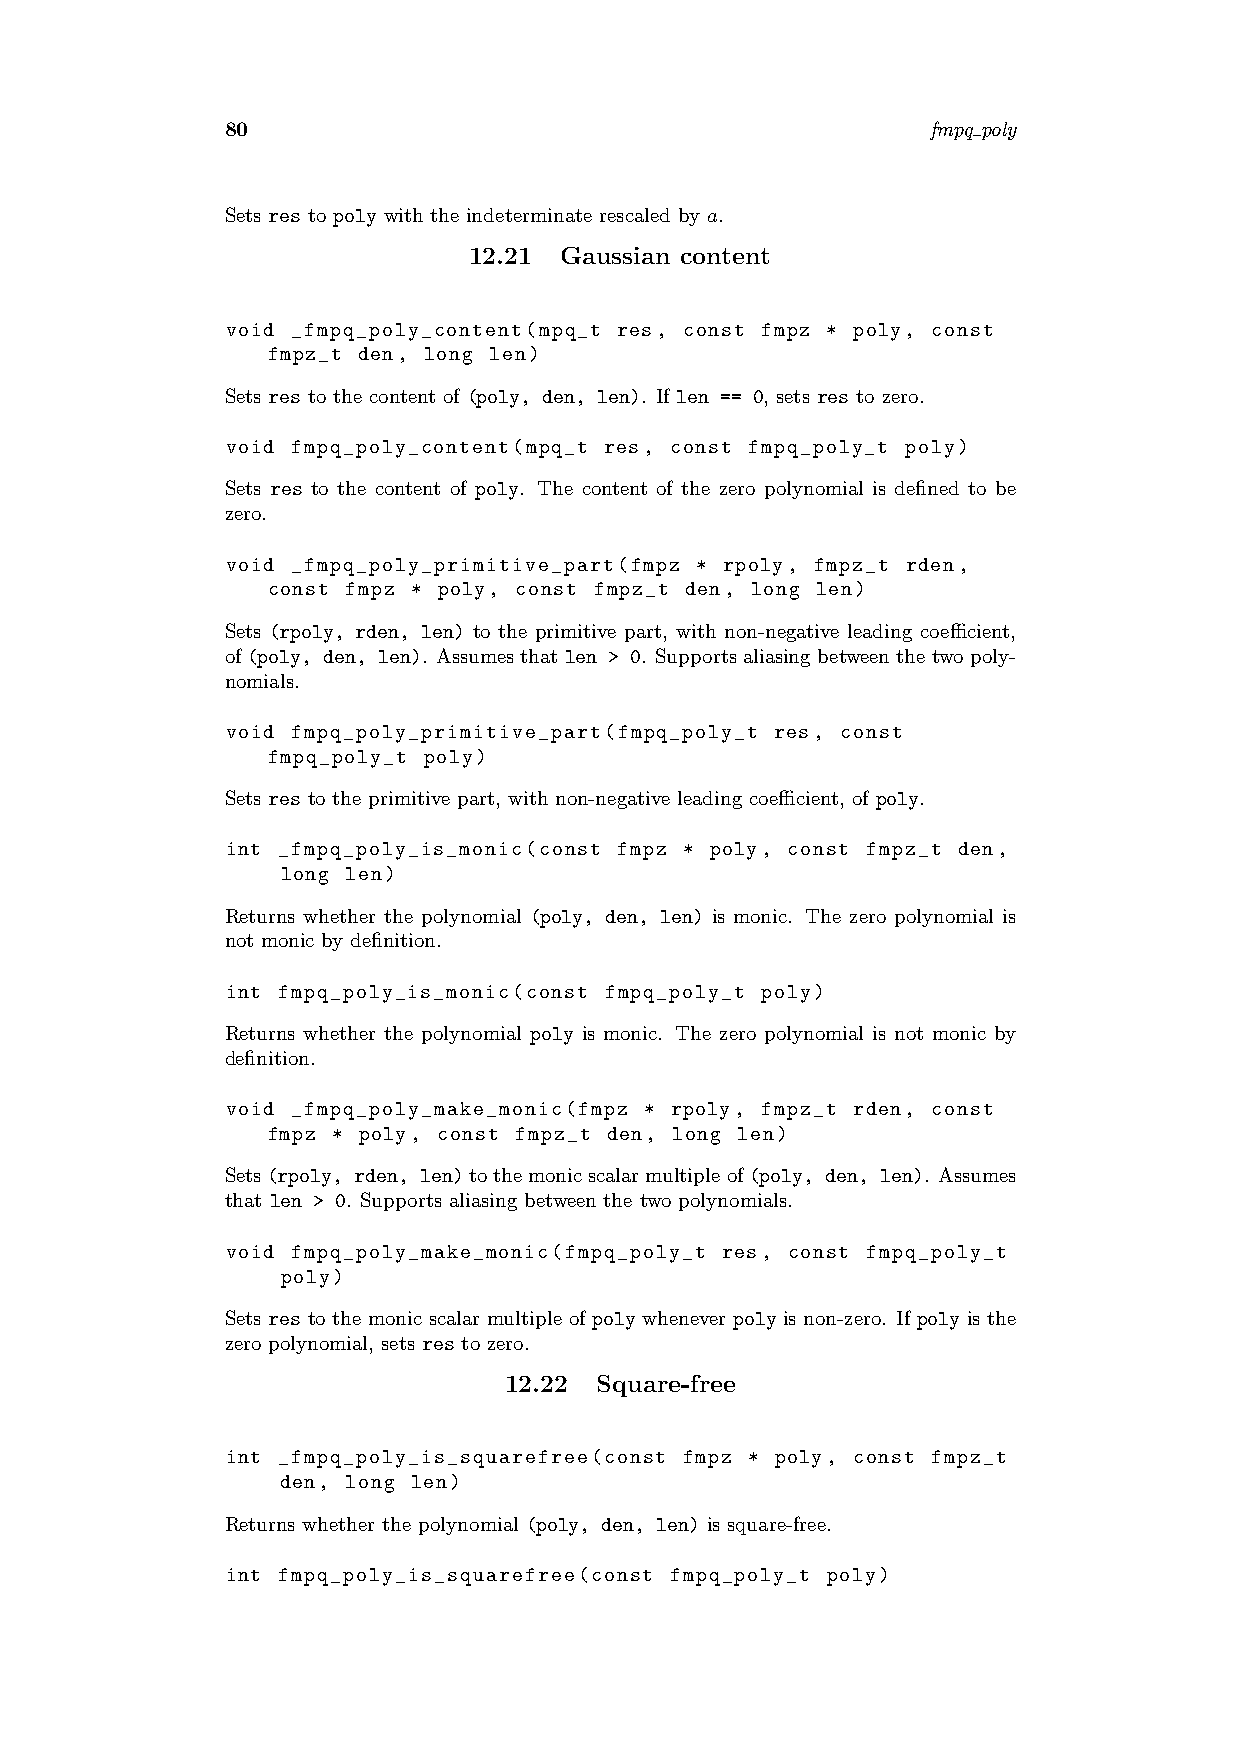
80                                             fmpq poly
 Sets res to poly with the indeterminate rescaled by a.
 12.21 Gaussian content
 void _fmpq_poly_content(mpq_t res, const fmpz * poly, const
 fmpz_t den, long len)
 Sets res to the content of (poly, den, len). If len == 0, sets res to zero.
 void fmpq_poly_content(mpq_t res, const fmpq_poly_t poly)
 Sets res to the content of poly. The content of the zero polynomial is defined to be
 zero.
 void _fmpq_poly_primitive_part(fmpz * rpoly, fmpz_t rden,
 const fmpz * poly, const fmpz_t den, long len)
 Sets (rpoly, rden, len) to the primitive part, with non-negative leading coefficient,
 of(poly, den, len). Assumesthatlen > 0. Supportsaliasingbetweenthetwopoly-
 nomials.
 void fmpq_poly_primitive_part(fmpq_poly_t res, const
 fmpq_poly_t poly)
 Sets res to the primitive part, with non-negative leading coefficient, of poly.
 int _fmpq_poly_is_monic(const fmpz * poly, const fmpz_t den,
 long len)
 Returns whether the polynomial (poly, den, len) is monic. The zero polynomial is
 not monic by definition.
 int fmpq_poly_is_monic(const fmpq_poly_t poly)
 Returns whether the polynomial poly is monic. The zero polynomial is not monic by
 definition.
 void _fmpq_poly_make_monic(fmpz * rpoly, fmpz_t rden, const
 fmpz * poly, const fmpz_t den, long len)
 Sets(rpoly, rden, len)tothemonicscalarmultipleof(poly, den, len). Assumes
 that len > 0. Supports aliasing between the two polynomials.
 void fmpq_poly_make_monic(fmpq_poly_t res, const fmpq_poly_t
 poly)
 Sets res to the monic scalar multiple of poly whenever poly is non-zero. If poly is the
 zero polynomial, sets res to zero.
 12.22  Square-free
 int _fmpq_poly_is_squarefree(const fmpz * poly, const fmpz_t
 den, long len)
 Returns whether the polynomial (poly, den, len) is square-free.
 int fmpq_poly_is_squarefree(const fmpq_poly_t poly)